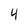
Character: 4